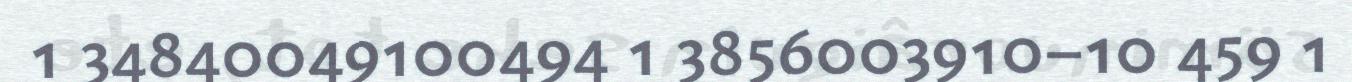
1 34840049100494 1 3856003910–10 459 1